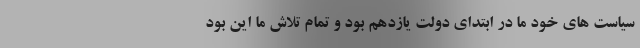
سیاست های خود ما در ابتدای دولت یازدهم بود و تمام تلاش ما این بود